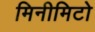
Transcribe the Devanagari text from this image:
मिनीमिटो